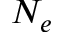
N _ { e }